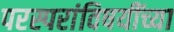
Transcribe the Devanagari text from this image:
परस्परांविषयींच्या